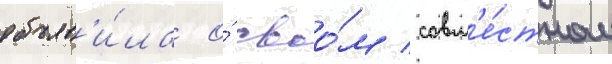
объяв'и́ла о́ своо́м совм'е́стном